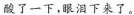
酸了一下，眼泪下来了。